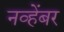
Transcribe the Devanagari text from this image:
नव्हेंबर